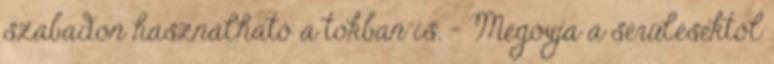
szabadon használható a tokban is. - Megóvja a sérülésektől